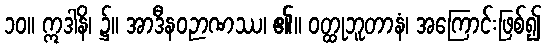
၁၀။ ဣဒါနိ၊ ၌။ အာဒီနဝဉာဏဿ၊ ၏။ ဝတ္ထုဘူတာနံ၊ အကြောင်းဖြစ်၍